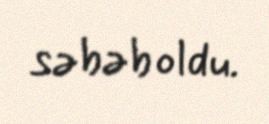
səbəb oldu.